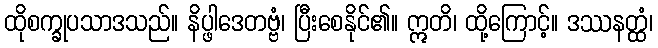
ထိုစက္ခုပသာဒသည်။ နိပ္ဖါဒေတဗ္ဗံ၊ ပြီးစေနိုင်၏။ ဣတိ၊ ထို့ကြောင့်။ ဒဿနတ္ထံ၊